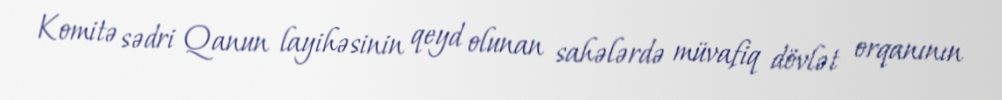
Komitə sədri Qanun layihəsinin qeyd olunan sahələrdə müvafiq dövlət orqanının